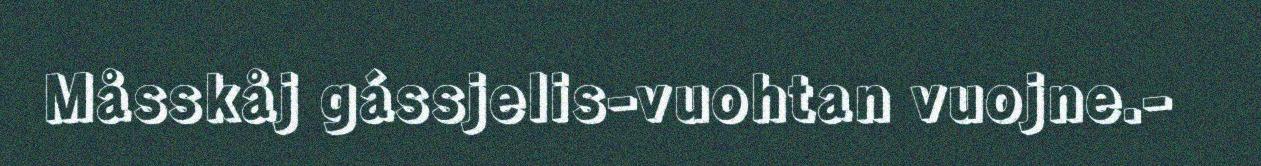
Måsskåj gássjelis-vuohtan vuojne.-